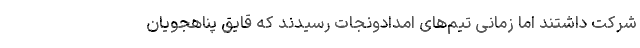
شرکت داشتند اما زمانی تیم‌های امدادونجات رسیدند که قایق پناهجویان